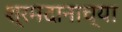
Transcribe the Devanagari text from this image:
श्रमदानाच्या